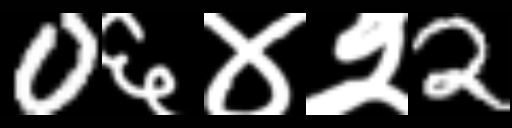
Text: 0६४२2